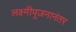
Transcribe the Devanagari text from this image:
लक्ष्मीपूजनानंतर